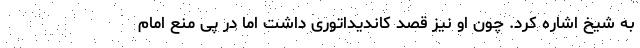
به شیخ اشاره کرد. چون او نیز قصد کاندیداتوری داشت اما در پی منع امام